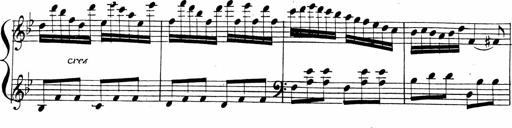
Title: 2 Piano Sonatinas
Composer: Ferdinand Ries